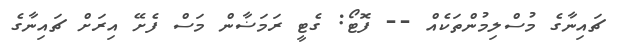
ޗައިނާގެ މުސްލިމުންތަކެއް -- ފޮޓޯ: ގެޓީ ރަމަޟާން މަސް ފެށޭ އިރަށް ޗައިނާގެ